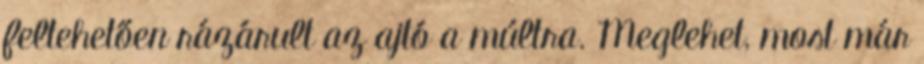
feltehetően rázárult az ajtó a múltra. Meglehet, most már